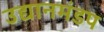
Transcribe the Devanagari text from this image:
उद्यानमंडप